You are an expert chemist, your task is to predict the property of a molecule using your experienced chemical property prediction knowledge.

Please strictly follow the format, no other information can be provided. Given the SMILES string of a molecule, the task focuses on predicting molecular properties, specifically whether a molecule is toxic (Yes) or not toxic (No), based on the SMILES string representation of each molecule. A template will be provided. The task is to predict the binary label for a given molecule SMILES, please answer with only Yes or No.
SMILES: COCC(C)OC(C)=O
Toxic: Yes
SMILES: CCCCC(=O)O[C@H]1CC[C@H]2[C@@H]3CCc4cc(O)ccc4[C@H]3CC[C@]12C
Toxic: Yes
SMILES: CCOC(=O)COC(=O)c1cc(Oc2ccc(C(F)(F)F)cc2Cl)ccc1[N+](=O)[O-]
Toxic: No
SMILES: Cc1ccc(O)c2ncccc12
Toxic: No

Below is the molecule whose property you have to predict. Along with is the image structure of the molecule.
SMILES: CCCCCCCCCCn1cc[n+](C)c1.O=S(=O)([N-]S(=O)(=O)C(F)(F)F)C(F)(F)F
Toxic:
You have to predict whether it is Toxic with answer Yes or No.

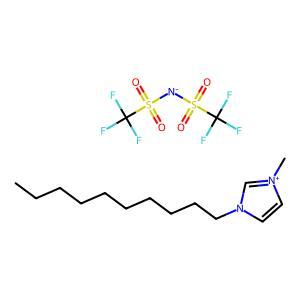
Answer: No